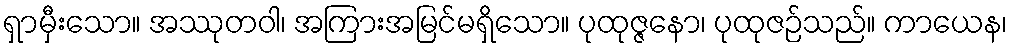
ရှာမှီးသော။ အဿုတဝါ၊ အကြားအမြင်မရှိသော။ ပုထုဇ္ဇနော၊ ပုထုဇဉ်သည်။ ကာယေန၊